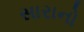
સારાનો